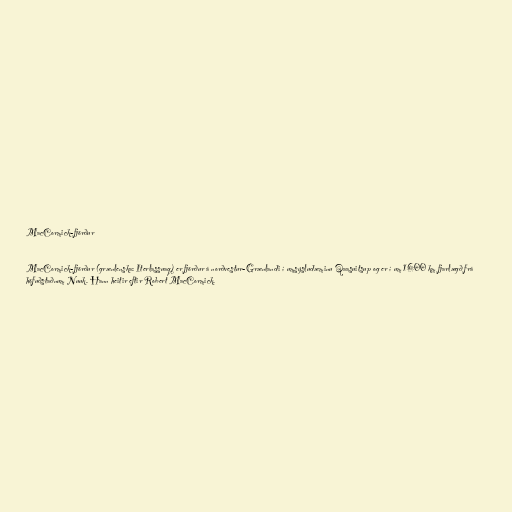
MacCormick-fjörður

MacCormick-fjörður (grænlenska: Iterlassuaq) er fjörður á norðvestur-Grænlandi í umsýsludæminu Qaasuitsup og er í um 1600 km fjarlægð frá
höfuðstaðnum Nuuk. Hann heitir eftir Robert MacCormick.